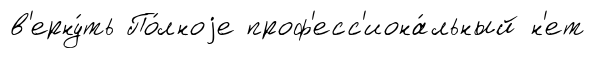
в'ерну́ть По́лноjе проф'есс'иона́льный н'ет